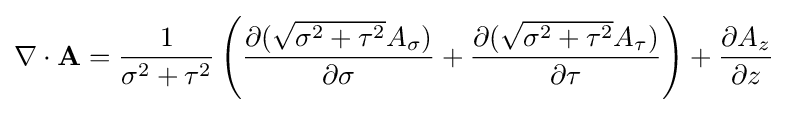
\nabla \cdot \mathbf {A} ={\frac {1}{\sigma ^{2}+\tau ^{2}}}\left({\partial ({\sqrt {\sigma ^{2}+\tau ^{2}}}A_{\sigma }) \over \partial \sigma }+{\partial ({\sqrt {\sigma ^{2}+\tau ^{2}}}A_{\tau }) \over \partial \tau }\right)+{\partial A_{z} \over \partial z}